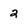
Character: 2